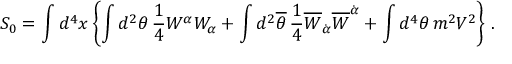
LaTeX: S _ { 0 } = \int d ^ { 4 } x \left\{ \int d ^ { 2 } \theta \, \frac { 1 } { 4 } W ^ { \alpha } W _ { \alpha } + \int d ^ { 2 } { \overline { { \theta } } } \, \frac { 1 } { 4 } { \overline { { W } } } _ { \dot { \alpha } } { \overline { { W } } } ^ { \dot { \alpha } } + \int d ^ { 4 } \theta \, m ^ { 2 } V ^ { 2 } \right\} \, .